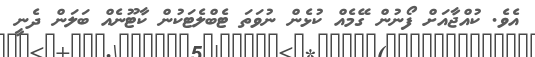
އެވެ. ކުއްޖާއަށް ފޯނުން ގޭމެއް ކުޅެން ނުވަތަ ޓެބްލެޓަކުން ކާޓޫނެއް ބަލަން ދެނީ